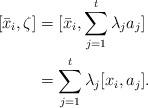
LaTeX: \begin{align*}[\bar x_i, \zeta ] &= [\bar x_i, \sum_{j = 1}^t \lambda_j a_j ] \\&= \sum_{j = 1}^t \lambda_j[x_i, a_j ].\end{align*}